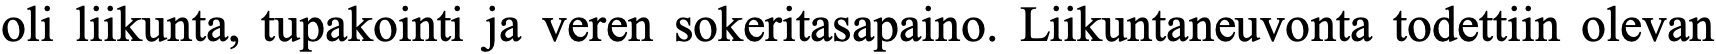
oli liikunta, tupakointi ja veren sokeritasapaino. Liikuntaneuvonta todettiin olevan